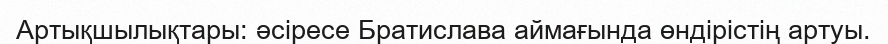
Артықшылықтары: әсіресе Братислава аймағында өндірістің артуы.